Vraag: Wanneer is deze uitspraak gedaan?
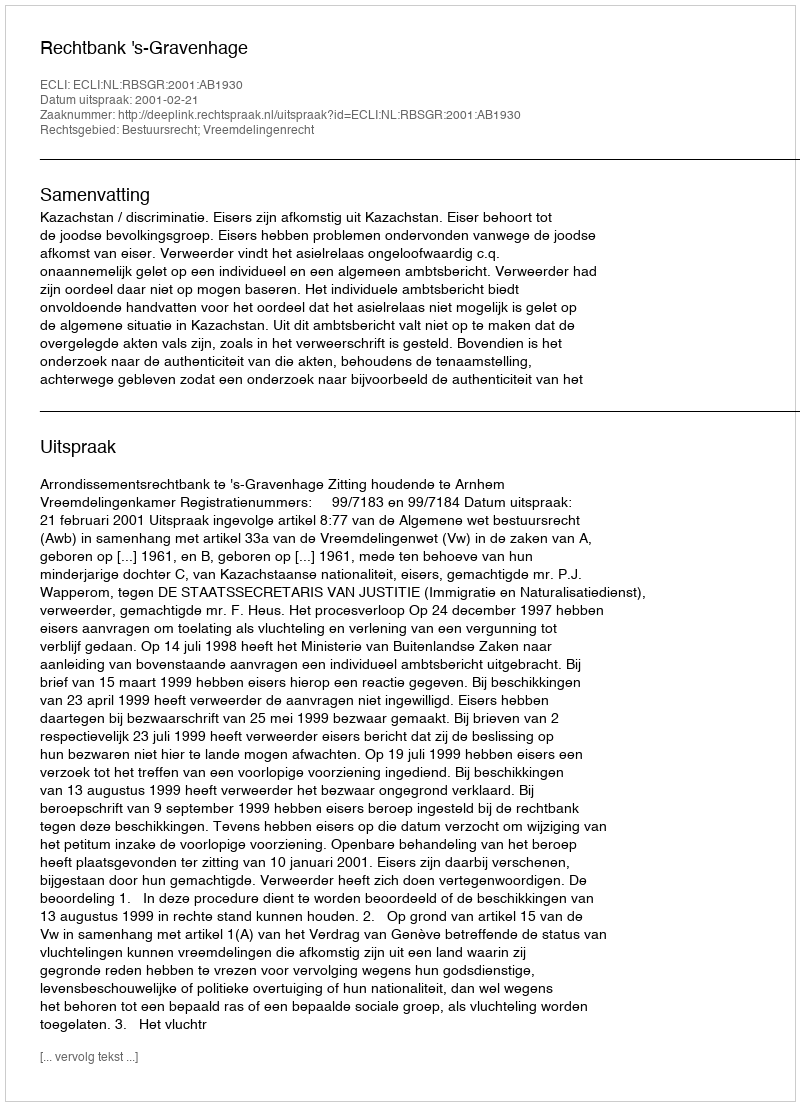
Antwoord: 2001-02-21